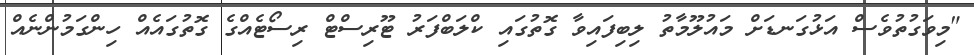
"މިވަގުތުވެސް އަޅުގަނޑަށް މައުލޫމާތު ލިބިފައިވާ ގޮތުގައި ކްލަބްފަރު ޓޫރިސްޓް ރިސޯޓެއްގެ ގޮތުގައެއް ހިންގަމުންނެއް